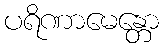
ပရိဏာမေန္တော